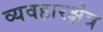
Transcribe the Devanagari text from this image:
व्यवहारक्षेत्र